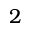
2